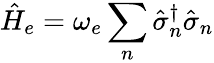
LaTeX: \hat{H}_{e}=\omega_{e}\sum_{n}\hat{\sigma}_{n}^{\dagger}\hat{\sigma}_{n}